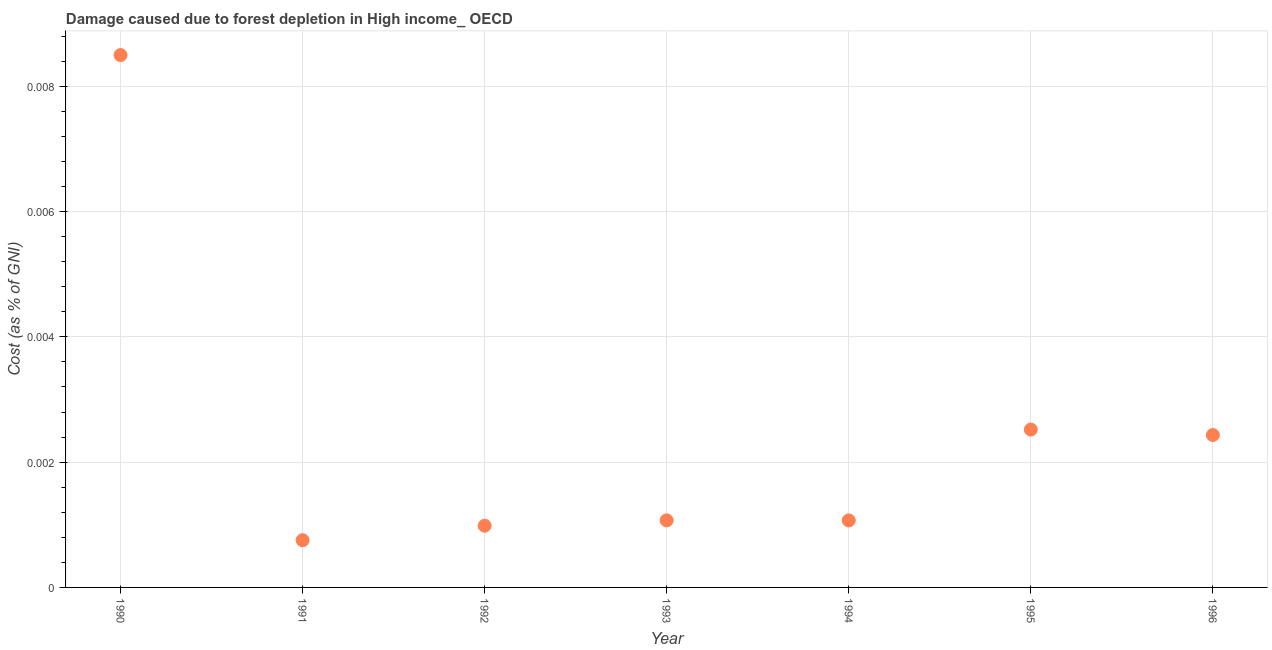
| Year | net forest depletion |
 | --- | --- |
 | 1990 | 0.0085 |
 | 1991 | 0.000754 |
 | 1992 | 0.000985 |
 | 1993 | 0.00107 |
 | 1994 | 0.00107 |
 | 1995 | 0.00252 |
 | 1996 | 0.00243 |